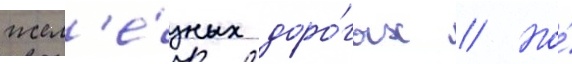
жел'е́зных доро́гах // Но́